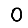
Digit: 0